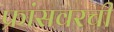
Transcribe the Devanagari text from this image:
फ्रांसवरची